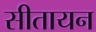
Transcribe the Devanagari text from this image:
सीतायन